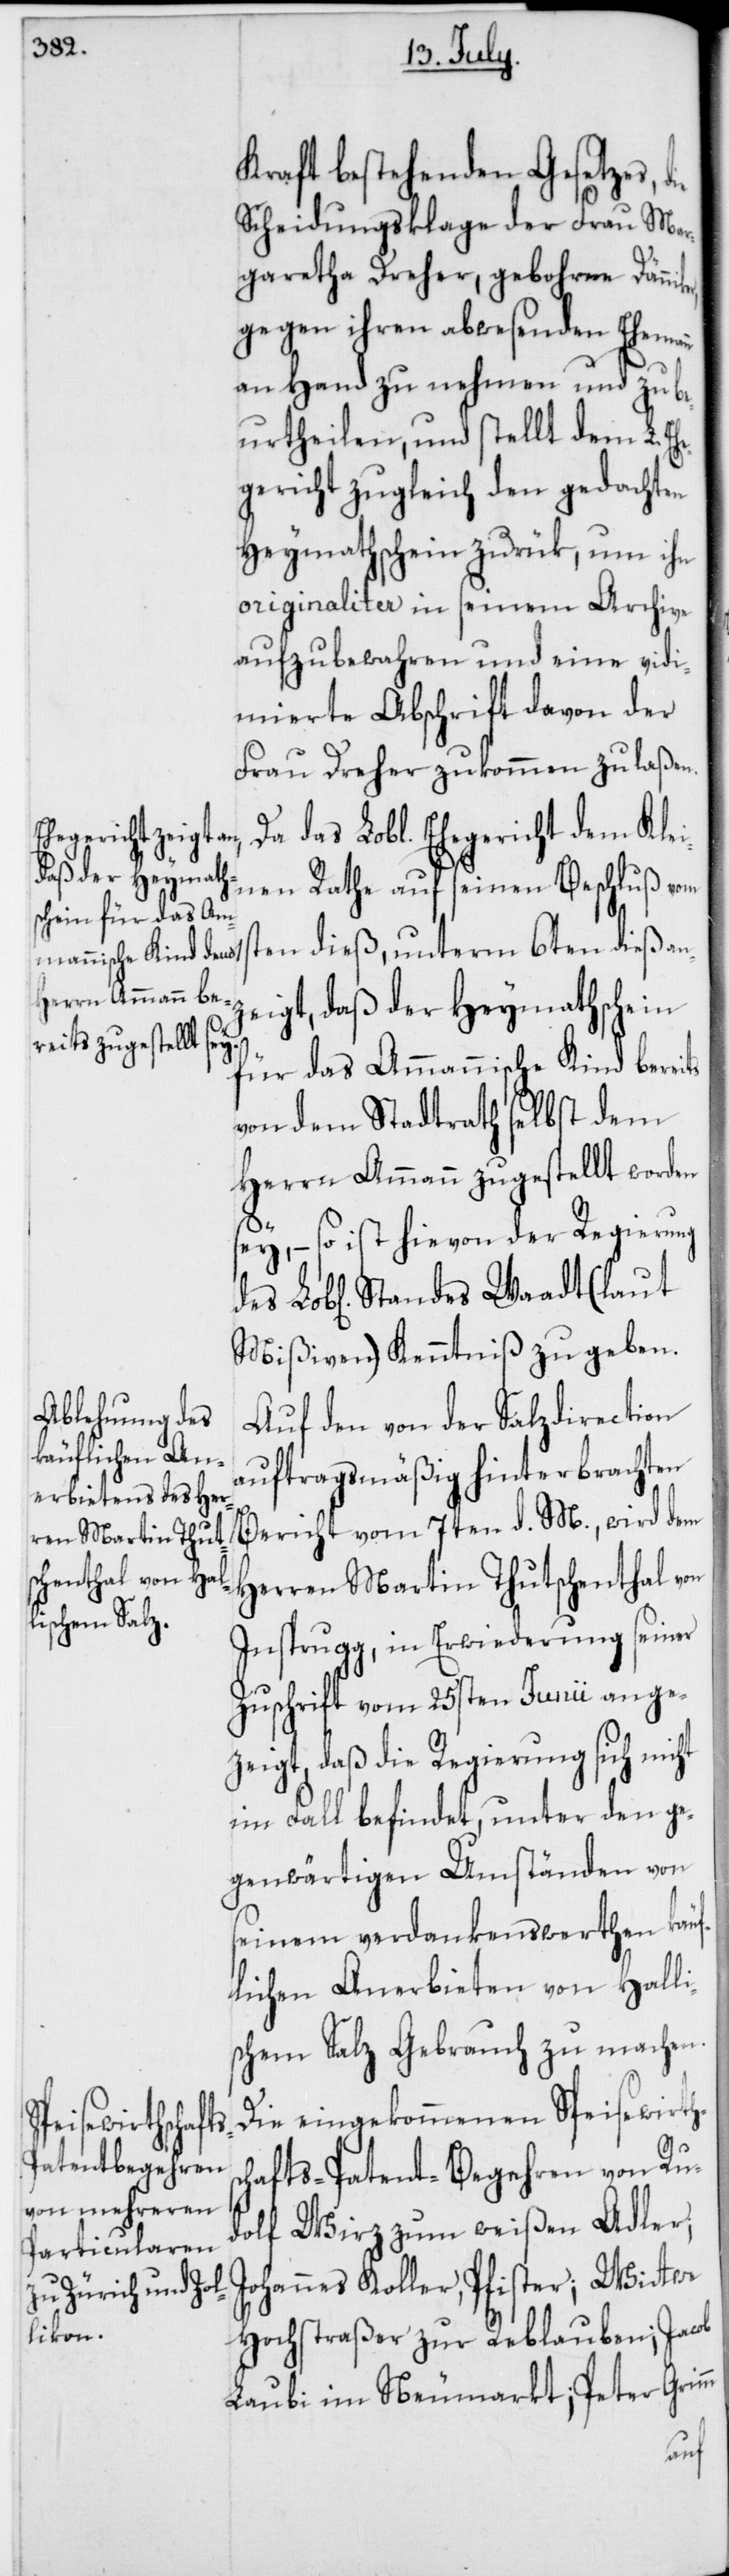
Kraft bestehenden Gesetzes, d¬
Scheidungsklage der Frau Mar¬
garetha Dreher, gebohrne Dänni¬
gegen ihren abwesenden Ehemann
an Hand zu nehmen und zu be¬
urtheilen, und stellt dem L. E¬
gericht zugleich den gedachten
Heymathschein zurük, um ihn
originaliter in seinem Archive
aufzubewahren und eine vidi¬
mierte Abschrift davon der
Frau Dreher zukommen zu laßen.
Ehegericht dem Klei¬
nen Rathe auf seinen Beschluß vom
ten dieß, unterm 6ten dieß an¬
zeigt, daß der Heymathschein
für das Ammannische Kind bereits
von dem Stadtrath selbst dem
Herrn Ammann zugestellt worden
sey, – so ist hievon der Regierung
Mißiven) Kenntniß zu geben.
Auf den von der Salzdirection
auftragsmäßig hinterbrachten
Bericht vom 7ten d. M., wird dem
Herren Martin Thutschenthal von
Insprugg, in Erwiederung seiner
Zuschrift vom 25sten Junii ange¬
zeigt, daß die Regierung sich nicht
im Fall befindet, unter den ge¬
genwärtigen Umständen von
seinem verdankenswerthen käuf¬
lichen Anerbieten von Halli¬
schem Salz Gebrauch zu machen.
Die eingekommenen Speisewirths¬
chafts-Patent-Begehren von Ru¬
dolf Wirz zum weißen Adler;
Johannes Koller, Pfister; Witwe
Hochstraßer zur Reblauben; Jacob
Laubi im Neumarkt; Peter Grimm
des